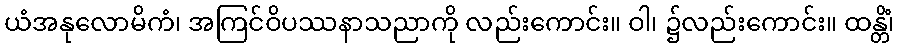
ယံအနုလောမိကံ၊ အကြင်ဝိပဿနာသညာကို လည်းကောင်း။ ဝါ၊ ၌လည်းကောင်း။ ထန္တိံ၊